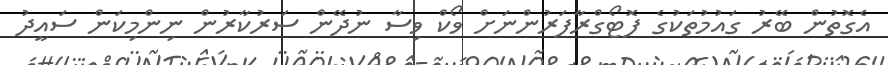
އެގޮތުން ބޭރު ގައުމުތަކުގެ ފޮޓޯގްރާފަރުންނަށް ވޯކް ވިސާ ނުދޭން ސަރުކާރުން ނިންމިކަން ސައީދު